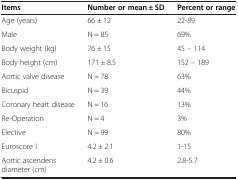
<table><thead><tr><td><b>Items</b></td><td><b>Number or mean ± SD</b></td><td><b>Percent or range</b></td></tr></thead><tbody><tr><td>Age (years)</td><td>66 ± 12</td><td>22-89</td></tr><tr><td>Male</td><td>N = 85</td><td>69%</td></tr><tr><td>Body weight (kg)</td><td>76 ± 15</td><td>45 – 114</td></tr><tr><td>Body height (cm)</td><td>171 ± 8.5</td><td>152 – 189</td></tr><tr><td>Aortic valve disease</td><td>N = 78</td><td>63%</td></tr><tr><td>Bicuspid</td><td>N = 39</td><td>44%</td></tr><tr><td>Coronary heart disease</td><td>N = 16</td><td>13%</td></tr><tr><td>Re-Operation</td><td>N = 4</td><td>3%</td></tr><tr><td>Elective</td><td>N = 99</td><td>80%</td></tr><tr><td>Euroscore I</td><td>4.2 ± 2.1</td><td>1-15</td></tr><tr><td>Aortic ascendens diameter (cm)</td><td>4.2 ± 0.6</td><td>2.8-5.7</td></tr></tbody></table>